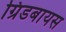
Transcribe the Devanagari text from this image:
ग्रिडबायस